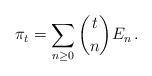
LaTeX: \begin{align*} \pi_t=\sum_{n\geq0} \binom{t}{n} E_n\,.\end{align*}